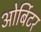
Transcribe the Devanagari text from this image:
ओर्बिटर